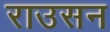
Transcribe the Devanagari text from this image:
राउसन